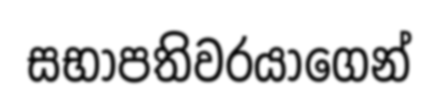
සභාපතිවරයාගෙන්